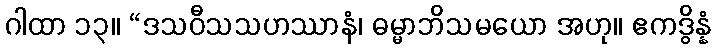
ဂါထာ ၁၃။ “ဒသဝီသသဟဿာနံ၊ ဓမ္မာဘိသမယော အဟု။ ဧကဒွိန္နံ